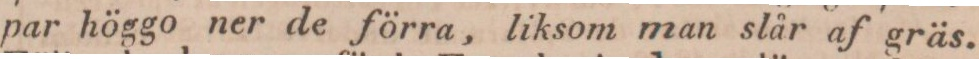
par höggo ner de förra, liksom man slår af gräs.